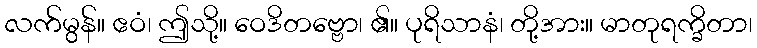
လက်မွန်။ ဧဝံ၊ ဤသို့။ ဝေဒိတဗ္ဗော၊ ၏။ ပုရိသာနံ၊ တို့အား။ မာတုရက္ခိတာ၊